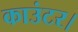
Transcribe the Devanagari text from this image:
काउंटर।